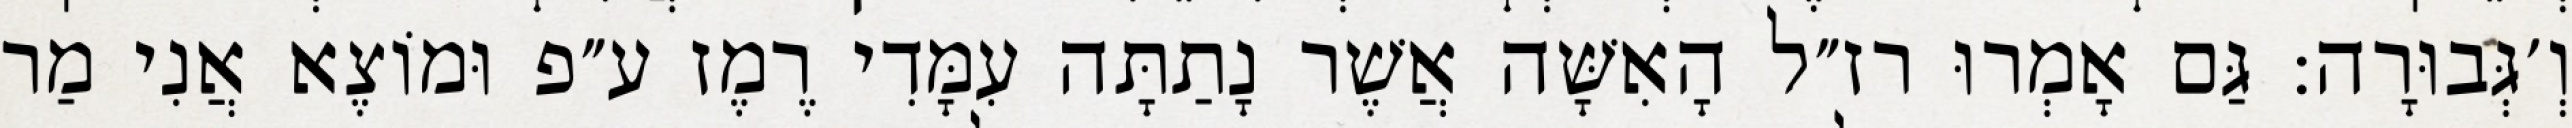
וְ׳גְּבוּרָה: גַּם אָמְרוּ רז״ל הָאִשָּׁה אֲשֶׁר נָתַתָּה עִמָּדִי רֶמֶז ע״פ וּמוֹצֶא אֲנִי מַר